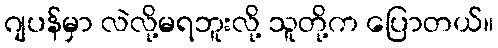
ဂျပန်မှာ လဲလို့မရဘူးလို့ သူတို့က ပြောတယ်။